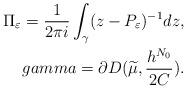
LaTeX: \begin{align*}\Pi _\varepsilon =\frac{1}{2\pi i}\int_\gamma (z-P_\varepsilon )^{-1}dz,\\gamma =\partial D(\widetilde{\mu },\frac{h^{N_0}}{2C}).\end{align*}